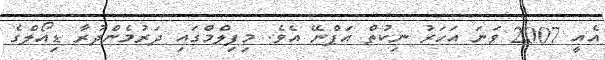
އެއީ 2007 ވަނަ އަހަރު ނިކުތް އަޕްނޭ އެވެ. މިފިލްމްގައި ދަރުމެންދުރާ ޑިއޯލްގެ